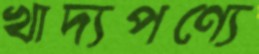
খাদ্যপণ্যে